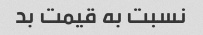
نسبت به قیمت بد